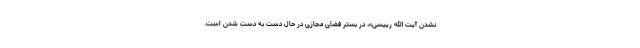
نشدن آیت الله رییسی»، در بستر فضای مجازی در حال دست به دست شدن است.